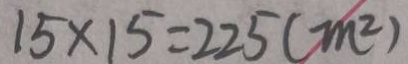
1 5 \times 1 5 = 2 2 5 ( m ^ { 2 } )